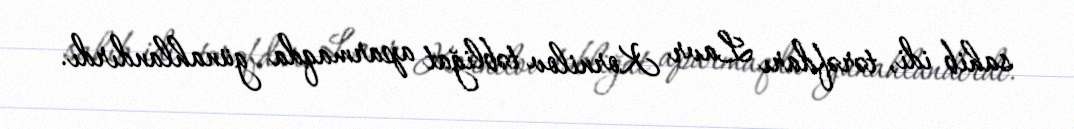
sahib idi, tərəfdarı Lavr Kornilov təbliğat aparmaqda günahlandırdı.